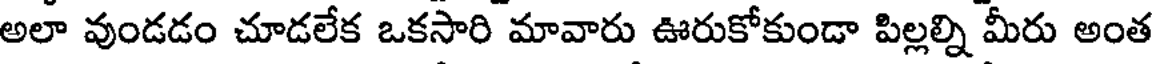
అలా వుండడం చూడలేక ఒకసారి మావారు ఊరుకోకుండా పిల్లల్ని మీరు అంత